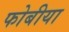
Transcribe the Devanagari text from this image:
फोबीया